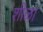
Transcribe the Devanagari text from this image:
शीळा